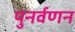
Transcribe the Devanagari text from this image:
पुनर्वणन